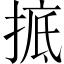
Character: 掋